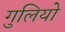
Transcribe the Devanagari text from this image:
गुलियो